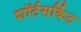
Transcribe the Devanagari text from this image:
शॉर्टसर्किट